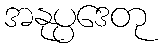
အနုပ္ပဒေတု